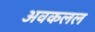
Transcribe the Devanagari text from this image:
अवकलल